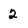
Character: 2